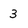
Character: 3